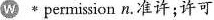
w permission n.准许 ; 许可